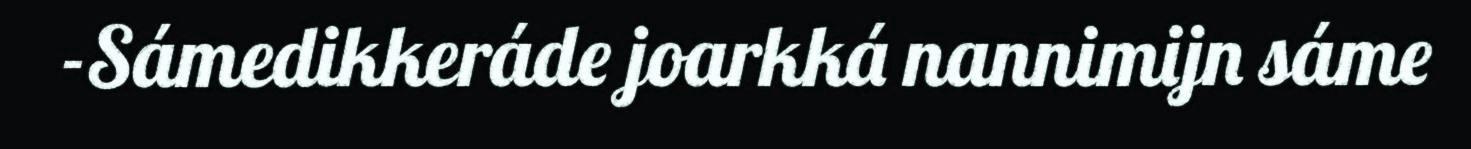
-Sámedikkeráde joarkká nannimijn sáme